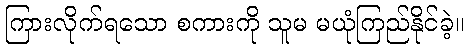
ကြားလိုက်ရသော စကားကို သူမ မယုံကြည်နိုင်ခဲ့။